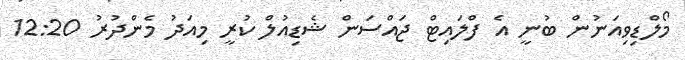
މޯލްޑިވިއަނުން ބުނީ އެ ފްލައިޓް ޖައްސަން ޝެޑިއުލް ކުރީ މިއަދު މެންދުރު 12:20